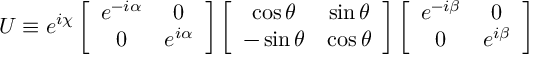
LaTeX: U \equiv e ^ { i \chi } \left[ \begin{array} { c c } { { e ^ { - i \alpha } } } & { { 0 } } \\ { { 0 } } & { { e ^ { i \alpha } } } \end{array} \right] \left[ \begin{array} { c c } { { \cos \theta } } & { { \sin \theta } } \\ { { - \sin \theta } } & { { \cos \theta } } \end{array} \right] \left[ \begin{array} { c c } { { e ^ { - i \beta } } } & { { 0 } } \\ { { 0 } } & { { e ^ { i \beta } } } \end{array} \right]